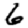
Digit: 6